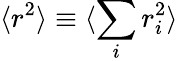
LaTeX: \langle r^{2}\rangle\equiv\langle\sum_{i}r_{i}^{2}\rangle